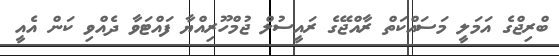
ބްރިޖްގެ އަމަލީ މަސައްކަތް ރާއްޖޭގެ ރައީސުލް ޖުމްހޫރިއްޔާ ފައްޓަވާ ދެއްވި ކަން އެއީ